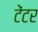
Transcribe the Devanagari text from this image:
टेंटर